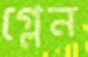
গ্লেন